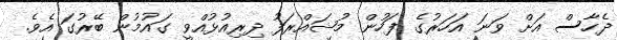
ދެހާސް އަށް ވަނަ އަހަރުގެ ފަހުން މުޝައްރަފު ދިރިއުޅުއްވީ ގައުމުން ބޭރުގަ އެވެ.